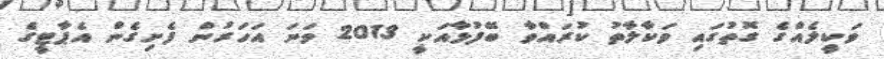
ވަކީލެއްގެ ގޮތުގައި ވަކާލާތު ކުރައްވާ ބޭފުޅާއަކީ 2013 ވަަނަ އަހަރުން ފެށިގެން އެޕާޓީގެ